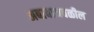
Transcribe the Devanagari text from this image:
अबाबाजवळील